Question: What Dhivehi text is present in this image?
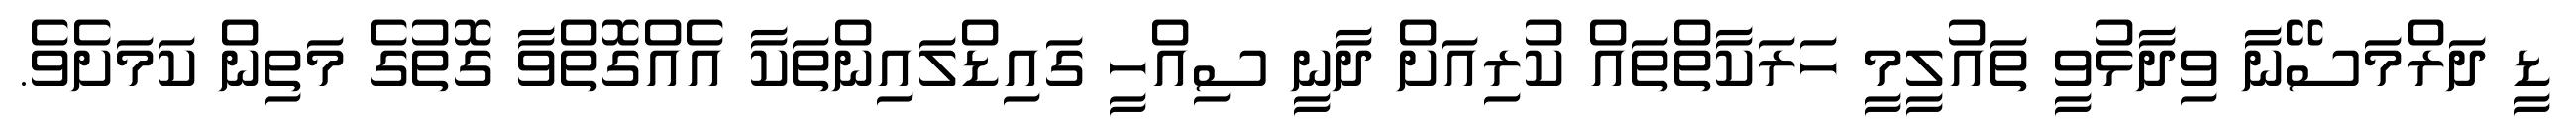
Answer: ޑީ ދަރްމަސޭނާ ވިދާޅުވީ ތައުލީމީ ހަރަކާތްތައް ކުރިއަށް ދާނީ ސިއްހީ ގައިޑްލައިންތަކާ އެއްގޮތްވާ ގޮތުގެ މަތިން ކަމަށެވެ.